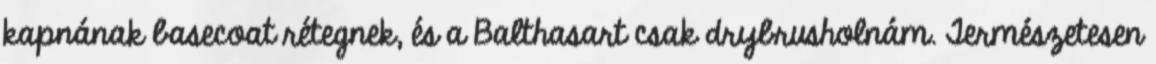
kapnának basecoat rétegnek, és a Balthasart csak drybrusholnám. Természetesen